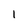
Character: l